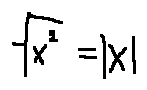
\sqrt { x ^ { 2 } } = | x |